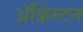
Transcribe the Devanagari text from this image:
ॲक्रिंग्टन